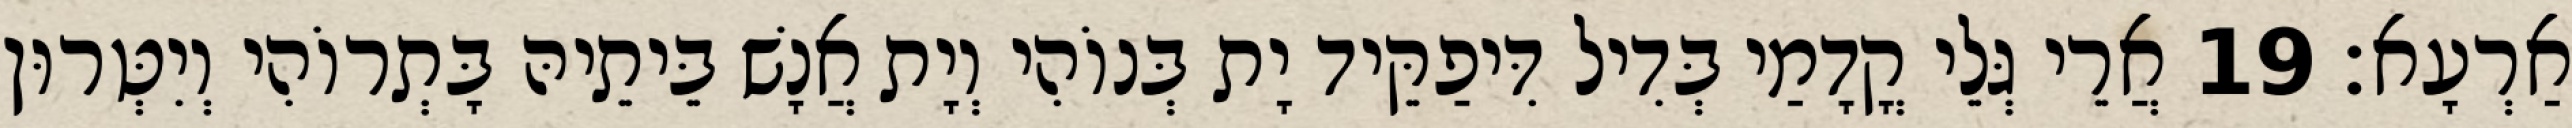
אַרְעָא׃ 19 אֲרֵי גְּלֵי קֳדָמַי בְּדִיל דִּיפַקֵּיד יָת בְּנוֹהִי וְיָת אֲנָשׁ בֵּיתֵיהּ בָּתְרוֹהִי וְיִטְּרוּן